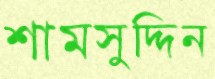
শামসুদ্দিন